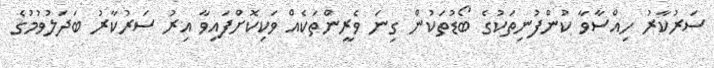
ސަރުކާރު ހިއްސާވާ ކުންފުނިތަކުގެ ބޯޑުތަކުން ގިނަ ވެރީންތަކެއް ވަކިކޮށްފައިވާ އިރު ސަރުކާރު ބަދަލުވުމުގެ